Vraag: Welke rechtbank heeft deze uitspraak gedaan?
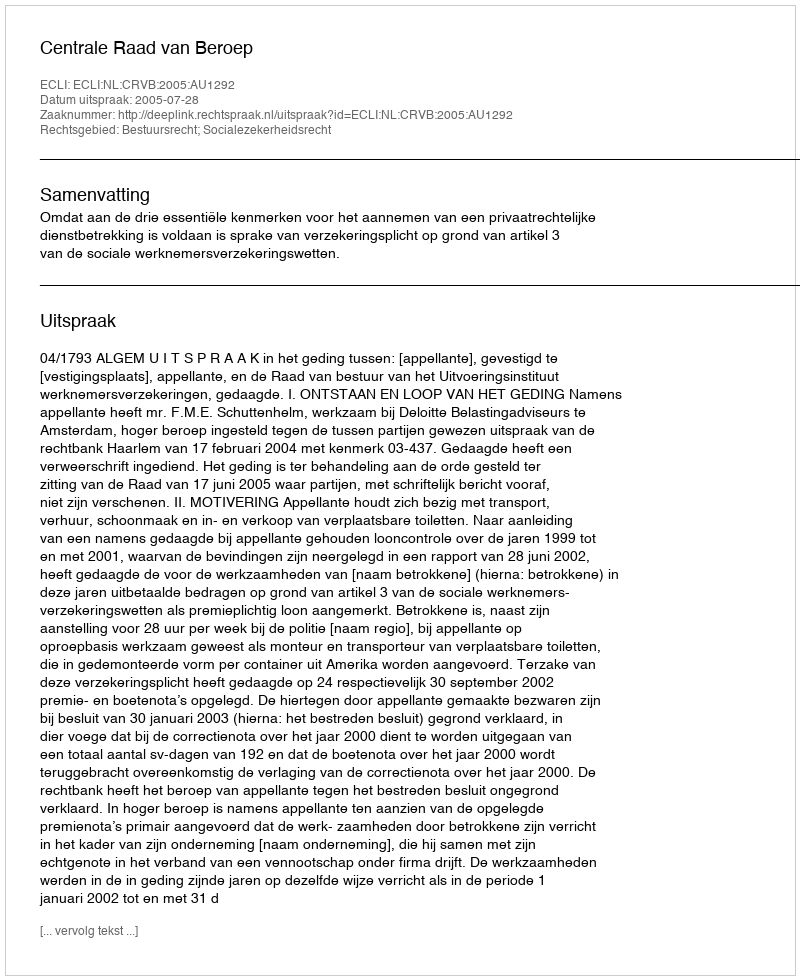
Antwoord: Centrale Raad van Beroep